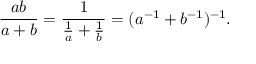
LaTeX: { \frac { a b } { a + b } } = { \frac { 1 } { { \frac { 1 } { a } } + { \frac { 1 } { b } } } } = ( a ^ { - 1 } + b ^ { - 1 } ) ^ { - 1 } .